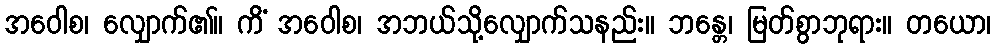
အဝေါစ၊ လျှောက်၏။ ကိံ အဝေါစ၊ အဘယ်သို့လျှောက်သနည်း။ ဘန္တေ၊ မြတ်စွာဘုရား။ တယော၊